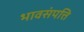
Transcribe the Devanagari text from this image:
भावसंपत्ति